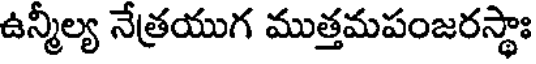
ఉన్మీల్య నేత్రయుగ ముత్తమపంజరస్థాః